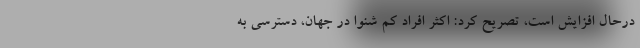
درحال افزایش است، تصریح کرد: اکثر افراد کم شنوا در جهان، دسترسی به